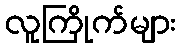
လူကြိုက်များ